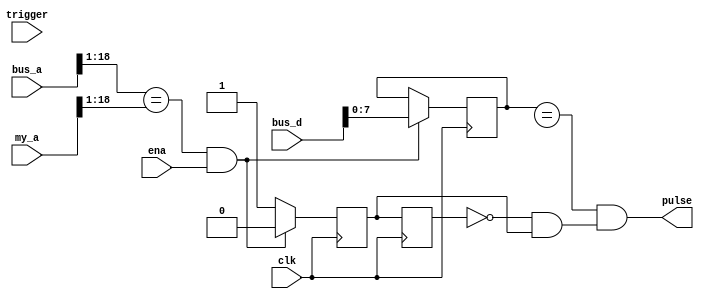
module reg_w_det(
	      input wire clk,
	      input wire [18:0] bus_a,
	      input wire [18:0] my_a,
	      input wire [15:0] bus_d,
	      input wire ena,
	      input wire [7:0] trigger, // bitmask set that triggers the pulse, exact match required
	      output wire pulse

	      );

   reg 			  gotwrite, gotwrite_d;
   reg [7:0] 		  state;
   
   always @(posedge clk) begin
      if( (bus_a[18:1] == my_a[18:1]) && ena ) begin
	 state <= bus_d;
	 gotwrite <= 1'b0;
      end else begin
	 state <= state;
	 gotwrite <= 1'b1;
      end
   end

   always @(posedge clk) begin
      gotwrite_d <= gotwrite;
   end

   assign pulse = (state == bitmask) && (!gotwrite_d && gotwrite);

endmodule